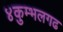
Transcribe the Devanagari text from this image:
४कुम्भलगढ